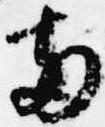
両